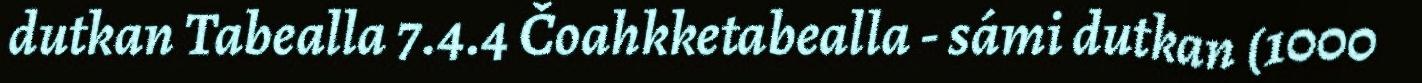
dutkan Tabealla 7.4.4 Čoahkketabealla - sámi dutkan (1000